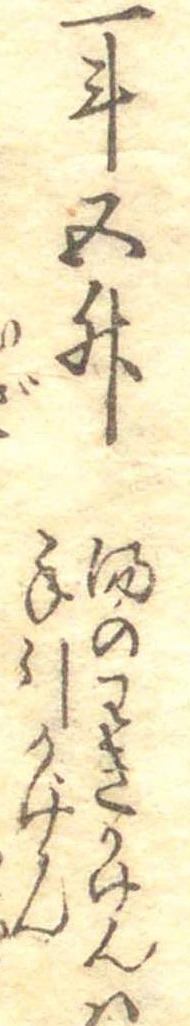
一斗五升湯のわきかげんは手引かげん